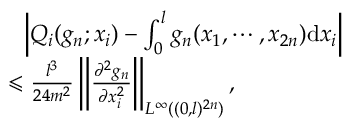
\begin{array} { r l } & { ~ ~ \left| Q _ { i } ( g _ { n } ; x _ { i } ) - \int _ { 0 } ^ { l } g _ { n } ( x _ { 1 } , \cdots , x _ { 2 n } ) \mathrm { d } x _ { i } \right| } \\ & { \leqslant \frac { l ^ { 3 } } { 2 4 m ^ { 2 } } \left\| \frac { \partial ^ { 2 } g _ { n } } { \partial x _ { i } ^ { 2 } } \right\| _ { L ^ { \infty } ( ( 0 , l ) ^ { 2 n } ) } , } \end{array}